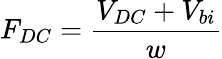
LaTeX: F_{DC}=\frac{V_{DC}+V_{bi}}{w}